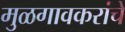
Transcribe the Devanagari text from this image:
मुळगावकरांचे